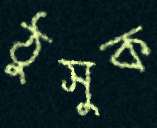
ঠুসুক